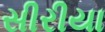
સીરીયા